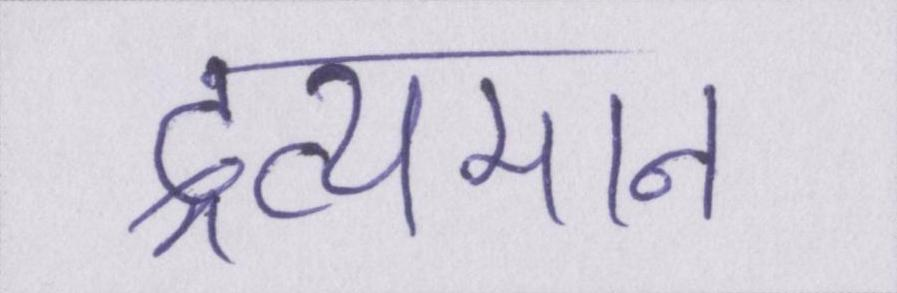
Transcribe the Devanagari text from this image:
द्रव्यमान